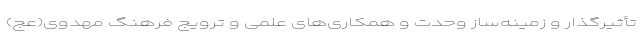
تأثیرگذار و زمینه­ساز وحدت و همکاری­های علمی و ترویج فرهنگ مهدوی(عج)